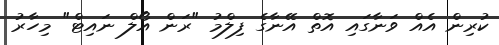
ކުރިން އެއް ވަނާގައި އޮތް އޭނާގެ ފިލްމު "ރަން އޯލް ނައިޓް" މިހާރު